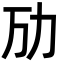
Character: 劢